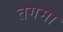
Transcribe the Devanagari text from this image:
तगमा